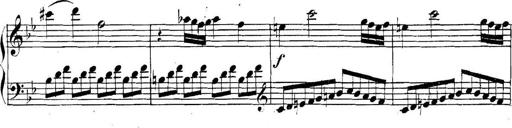
Title: Collected Piano Sonatas
Composer: Muzio Clementi